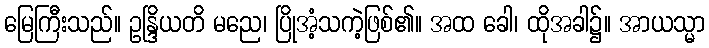
မြေကြီးသည်။ ဥန္ဒြိယတိ မညေ၊ ပြိုအံ့သကဲ့ဖြစ်၏။ အထ ခေါ၊ ထိုအခါ၌။ အာယသ္မာ